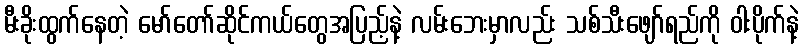
မီးခိုးထွက်နေတဲ့ မော်တော်ဆိုင်ကယ်တွေအပြည့်နဲ့ လမ်းဘေးမှာလည်း သစ်သီးဖျော်ရည်ကို ဝါးပိုက်နဲ့